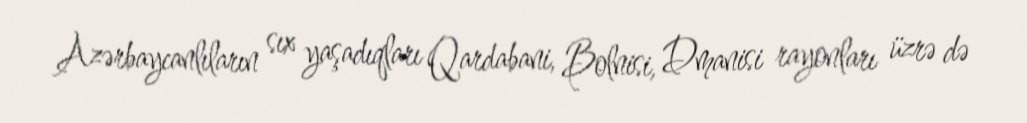
Azərbaycanlıların sıx yaşadıqları Qardabani, Bolnisi, Dmanisi rayonları üzrə də